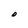
Character: O